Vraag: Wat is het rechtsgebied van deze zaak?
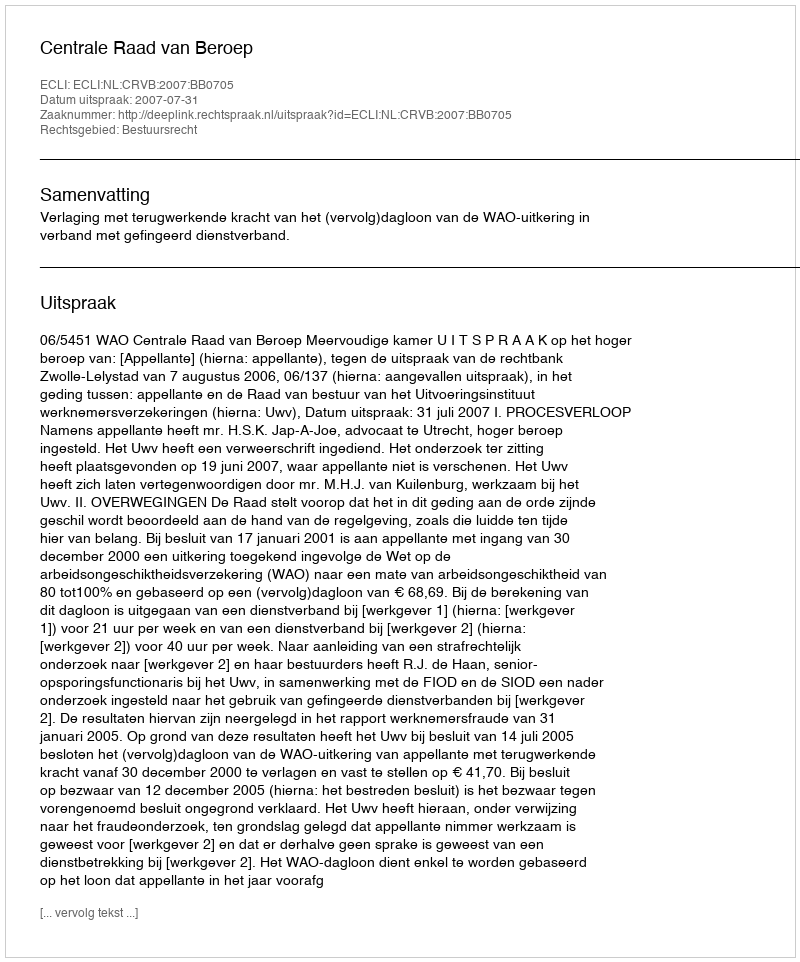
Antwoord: Bestuursrecht